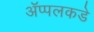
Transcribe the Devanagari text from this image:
ॲप्पलकडे